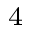
^ { 4 }